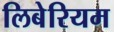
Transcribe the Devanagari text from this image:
लिबेरियम